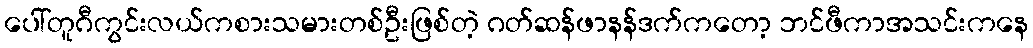
ပေါ်တူဂီကွင်းလယ်ကစားသမားတစ်ဦးဖြစ်တဲ့ ဂတ်ဆန်ဖာနန်ဒက်ကတော့ ဘင်ဖီကာအသင်းကနေ